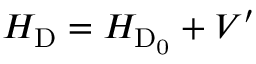
H _ { \mathrm { D } } = H _ { \mathrm { D _ { 0 } } } + V ^ { \prime }